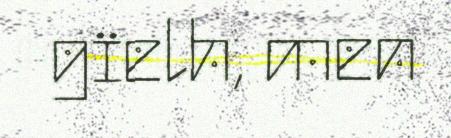
gïelh, men